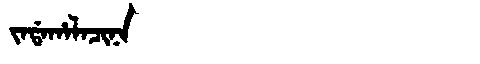
Manchu: ᠵᠠᡩᠠᡥᠠᠯᠠᠴᡳᠨᠠ
Romanization: JADAHALACINA